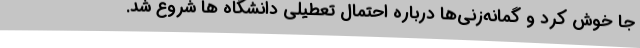
جا خوش کرد و گمانه‌زنی‌ها درباره احتمال تعطیلی دانشگاه ها شروع شد.